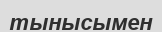
тынысымен